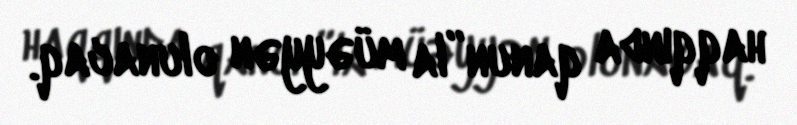
haqqında qanun”la müəyyən olunacaq.